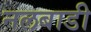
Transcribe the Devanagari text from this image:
नलबाडी